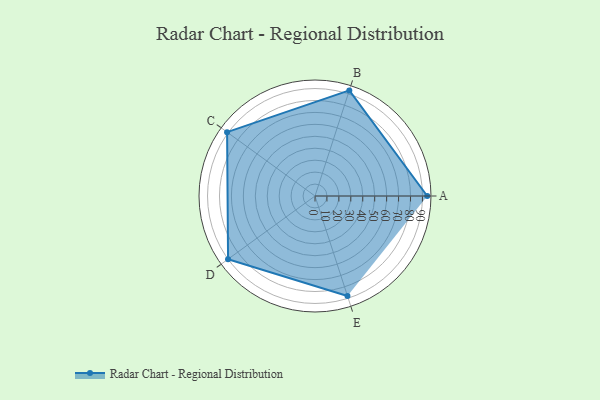
{"axis": {"x": "Skill", "y": "Score"}, "legend": ["Profile"], "data": [{"x": "A", "y": 94.0, "type": "Profile"}, {"x": "B", "y": 93.0, "type": "Profile"}, {"x": "C", "y": 91.0, "type": "Profile"}, {"x": "D", "y": 90.0, "type": "Profile"}, {"x": "E", "y": 88.0, "type": "Profile"}]}